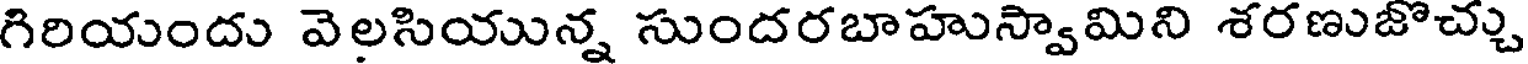
గిరియందు వెలసియున్న సుందరబాహుస్వామిని శరణుజొచ్చు